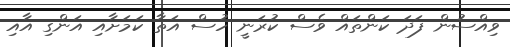
ވިއްސުން ފަދަ ކަންތައް ވެސް ކުރަނީ ހުސް އަތާ ކަމަށާއި އަންގި އާއި